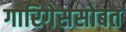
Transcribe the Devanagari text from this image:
गारिगेससोबत